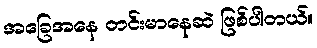
အခြေအနေ တင်းမာနေဆဲ ဖြစ်ပါတယ်။